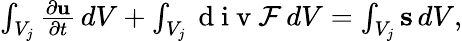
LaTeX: \begin{array}{r}{\int_{V_{j}}\frac{\partial{\mathbf u}}{\partial t}\, dV+\int_{V_{j}}\mathrm{~d~i~v~}{\cal F}\, dV=\int_{V_{j}}{\mathbf s}\, dV,}\end{array}